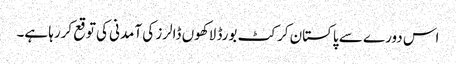
اس دورے سے پاکستان کرکٹ بورڈ لاکھوں ڈالرز کی آمدنی کی توقع کررہا ہے۔